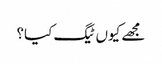
مجھے کیوں ٹیگ کیا؟